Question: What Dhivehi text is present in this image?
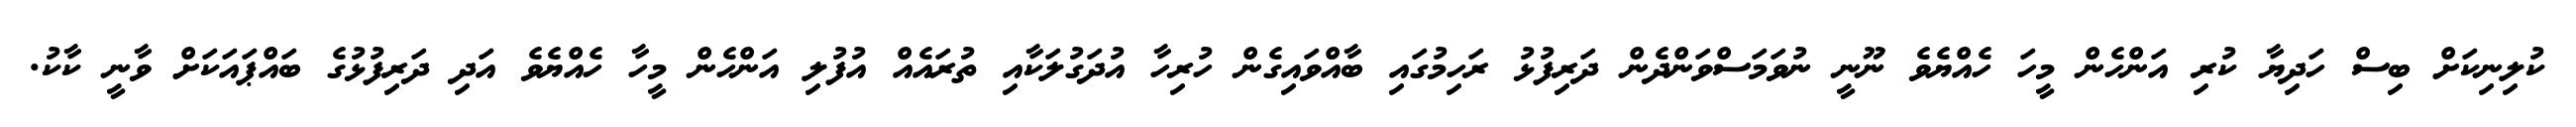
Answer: ކުލިނިކަށް ބިސް ހަދިޔާ ކުރި އަންހެން މީހަ ހެއްޔެވެ ނޫނީ ނުވަމަސްވަންދެން ދަރިފުޅު ރަހިމުގައި ބާއްވައިގެން ހުރިހާ އުދަގުލަކާއި ތުރައެއް އުފުލި އަންހެން މީހާ ހެއްޔެވެ އަދި ދަރިފުޅުގެ ބައްޕައަކަށް ވާނީ ކާކު.